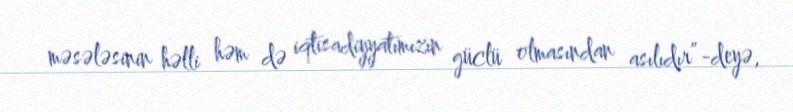
məsələsinin həlli həm də iqtisadiyyatımızın güclü olmasından asılıdır”-deyə,